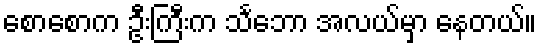
စောစောက ဦးကြီးက သင်္ဘော အလယ်မှာ နေတယ်။